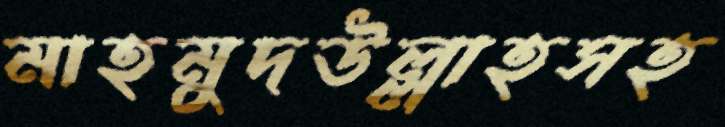
মাহমুদউল্লাহসহ